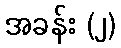
အခန်း (၂)